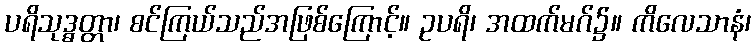
ပရိသုဒ္ဓတ္တာ၊ စင်ကြယ်သည်အဖြစ်ကြောင့်။ ဥပရိ၊ အထက်မဂ်၌။ ကိလေသာနံ၊